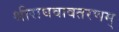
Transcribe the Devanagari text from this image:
श्रीराघवावतरणम्